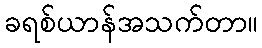
ခရစ်ယာန်အသက်တာ။